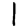
Digit: 1